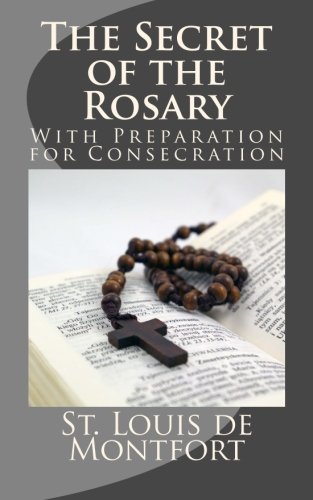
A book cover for The Secret of the Rosary: With Preparation for Consecration; St. Louis Marie de Montfort; Christian Books & Bibles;